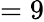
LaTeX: =9